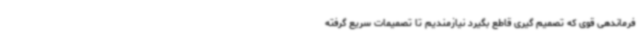
فرماندهی قوی که تصمیم گیری قاطع بگیرد نیازمندیم تا تصمیمات سریع گرفته